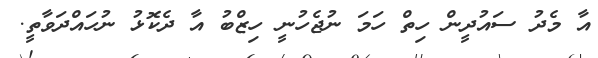
އާ މެދު ސައުދީން ހިތް ހަމަ ނުޖެހުނީ ހިޒްބު އާ ދެކޮޅު ނުހައްދަވާތީ.